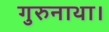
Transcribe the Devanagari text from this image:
गुरुनाथा।